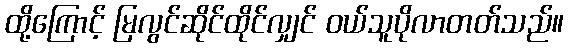
ထို့ကြောင့် မြလွင်ဆိုင်ထိုင်လျှင် ဝယ်သူပိုလာတတ်သည်။